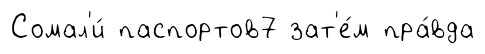
Сомал'и́ паспортов7 зат'е́м пра́вда